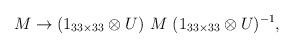
LaTeX: \begin{align*}M \rightarrow (1_{33 \times 33} \otimes U) \ M \ (1_{33 \times 33} \otimes U)^{-1},\end{align*}